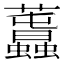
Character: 𧅪